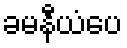
ခမနီယံပေ